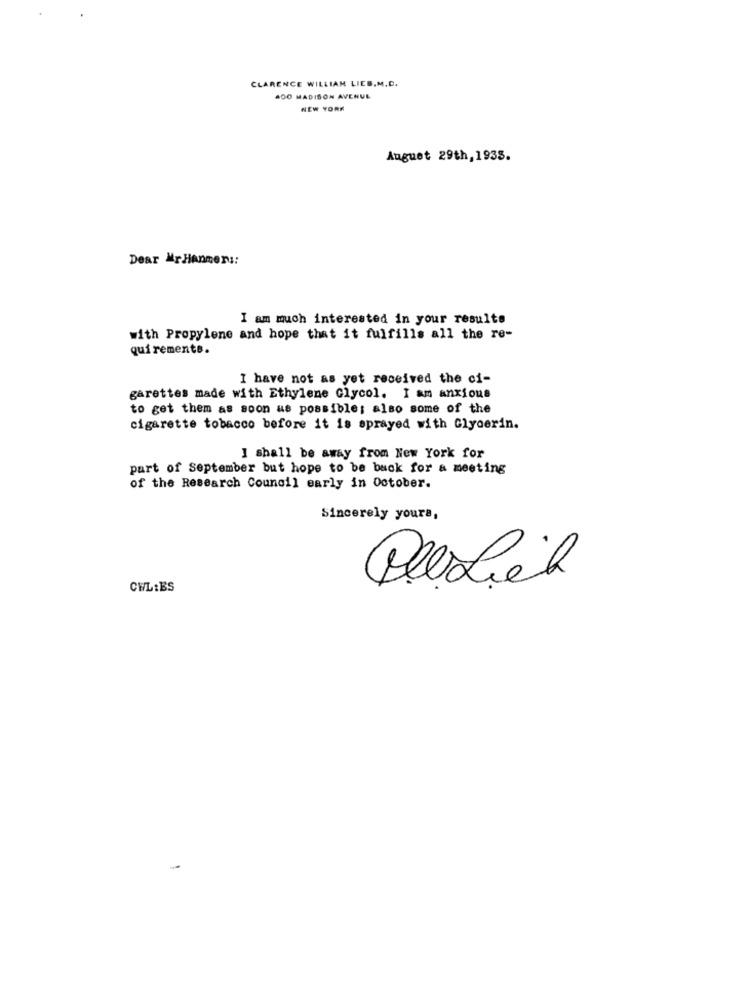
CLARENCE WILLIAM LIEB.M.C.
400 MADISON AVENUE
NEW YORK
August 29th , 1935.
Dear MrHanmer ::
I am much interested in your results
with Propylene and hope that it fulfills all the re-
quiremente.
I have not as yet received the ci-
garettes made with Ethylene Glycol. I am anxious
to get them as soon as possible; also some of the
cigarette tobacco before it is sprayed with Glycerin.
I shall be away from New York for
part of September but hope to be back for a meeting
of the Research Council early in October.
Sincerely yours,
CWL:ES
Plexiel